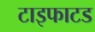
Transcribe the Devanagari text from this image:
टाइफाटड